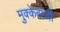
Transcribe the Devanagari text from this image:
मुक्‍केबाजी